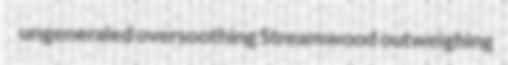
ungeneraled oversoothing Streamwood outweighing